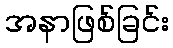
အနာဖြစ်ခြင်း